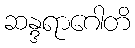
ဆန္ဒရာဂေါတိ